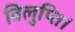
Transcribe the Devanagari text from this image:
विलुप्ति।